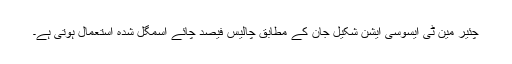
چئیر مین ٹی ایسوسی ایشن شکیل جان کے مطابق چالیس فیصد چائے اسمگل شدہ استعمال ہوتی ہے۔